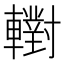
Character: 轛